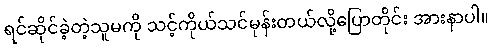
ရင်ဆိုင်ခဲ့တဲ့သူမကို သင့်ကိုယ်သင်မုန်းတယ်လို့ပြောတိုင်း အားနာပါ။